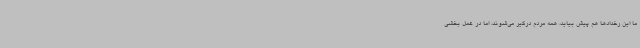
ما این رخدادها هم پیش بیاید، همه مردم درگیر می‌شوند، اما در عمل بخشی